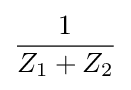
{\frac {1}{Z_{1}+Z_{2}}}